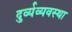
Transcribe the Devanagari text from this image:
दुर्व्यव्यवस्था